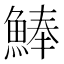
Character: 𩸮